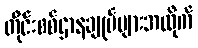
တိုင်းစစ်ဌာနချုပ်များအလိုက်